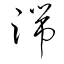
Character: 端